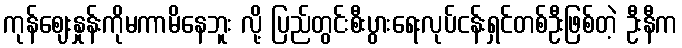
ကုန်ဈေးနှုန်းကိုမကာမိနေဘူး လို့ ပြည်တွင်းစီးပွားရေးလုပ်ငန်းရှင်တစ်ဦးဖြစ်တဲ့ ဦးနီက